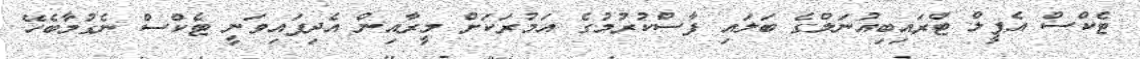
ޓެކްސް އެޕީލް ޓްރައިބިއުނަލްގެ ބަލައި ފާސްކުރުމުގެ އަމުރަކަށް މީރާއިން އެދިފައިވަނީ ޓެކްސް ނެގުމާބެހޭ